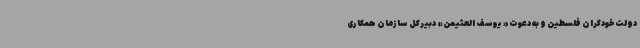
دولت خودگران فلسطین و به دعوت« یوسف العثیمن» دبیرکل سازمان همکاری